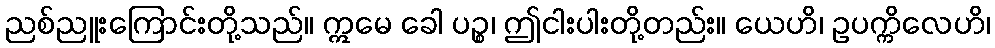
ညစ်ညူးကြောင်းတို့သည်။ ဣမေ ခေါ ပဉ္စ၊ ဤငါးပါးတို့တည်း။ ယေဟိ၊ ဥပက္ကိလေဟိ၊